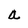
Character: a